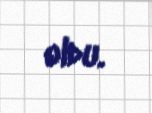
oldu.